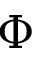
\boldsymbol { \Phi }